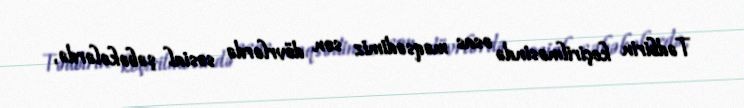
Tədbirin keçirilməsində əsas məqsədimiz son dövrlərdə sosial şəbəkələrdə,